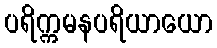
ပရိက္ကမနပရိယာယော